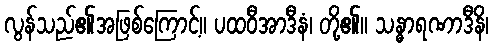
လွန်သည်၏အဖြစ်ကြောင့်။ ပထဝီအာဒီနံ၊ တို့၏။ သန္ဓာရဏာဒီနိ၊